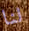
لنا